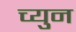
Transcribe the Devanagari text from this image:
च्युन